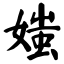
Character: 媸